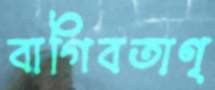
বাগিবতাণ্